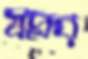
স্বপ্নর